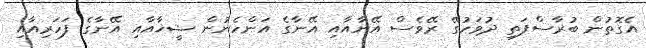
އެގޮތުން ބުރާސްފަތި ދުވަހުގޭ ރޭވެސް އޭނާއާއި އޭނާގެ އަންހެނުން ޝީޚާއާއި އޭނާގެ ފަހަރިއާއި